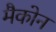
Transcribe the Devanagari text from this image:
मैकोन